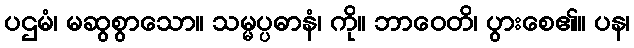
ပဌမံ၊ မဆွစွာသော။ သမ္မပ္ပဓာနံ၊ ကို။ ဘာဝေတိ၊ ပွားစေ၏။ ပန၊